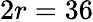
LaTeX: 2r=36